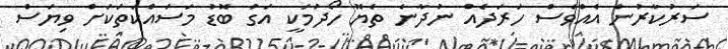
ސަރުކާރުން އެއްވެސް ހަރަދެއް ނުދާނެ ތެޔޮ ހޯދުމަކީ އަގު ބޮޑު މަސައްކަތަކަށް ވިޔަސް